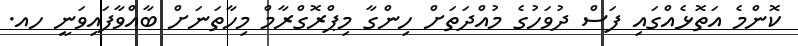
ކޮންމެ އަތޮޅެއްގައި ފަސް ދުވަހުގެ މުއްދަތަށް ހިންގާ މިޕްރޮގްރާމް މިހާތަނަށް ބާއްވާފައިވަނީ ހއ.